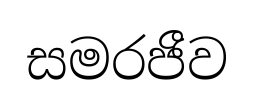
සමරජීව